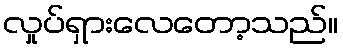
လှုပ်ရှားလေတော့သည်။